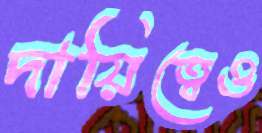
দায়িত্বেও